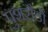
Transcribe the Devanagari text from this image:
पुशरौडों